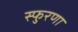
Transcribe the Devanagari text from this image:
स्फुरणा